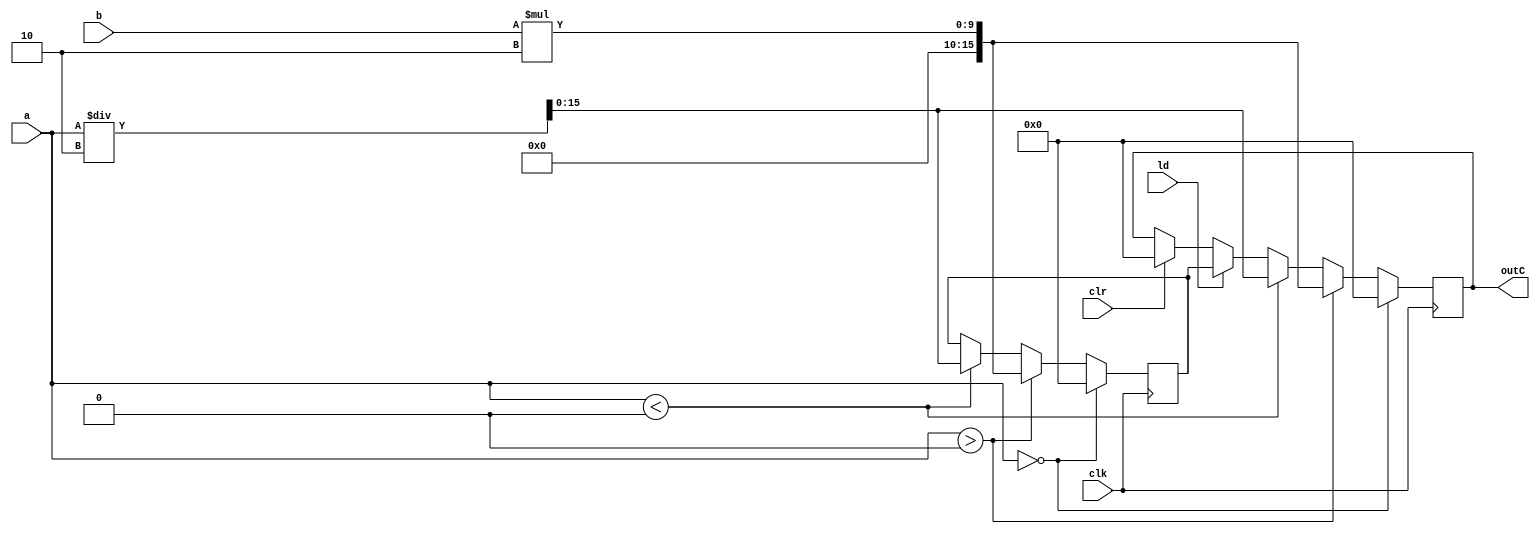
`timescale 1ns / 1ps

module regC(a,b,ld,clk,clr,outC);
input wire[7:0]a,b;
input ld,clr,clk;
output reg[15:0]outC;
reg [15:0]doutC;

always@(posedge clk)begin
    if(clr==1)
        outC= 0;
    if(ld==1)
        outC <= doutC;
    if(a < 0)begin
       doutC = a / 2;
       outC <= doutC;
    end
    if(a > 0)begin
        doutC = b * 2;
        outC <= doutC;
    end
    if(a == 0)begin
        doutC = 0;
        outC <= doutC;
    end
end
endmodule